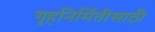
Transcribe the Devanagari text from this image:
गृहनिर्मितीसाठी